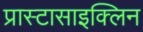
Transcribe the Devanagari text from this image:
प्रास्टासाइक्लिन